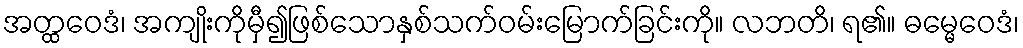
အတ္ထဝေဒံ၊ အကျိုးကိုမှီ၍ဖြစ်သောနှစ်သက်ဝမ်းမြောက်ခြင်းကို။ လဘတိ၊ ရ၏။ ဓမ္မေဝေဒံ၊